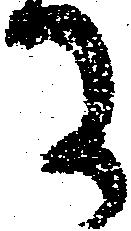
に